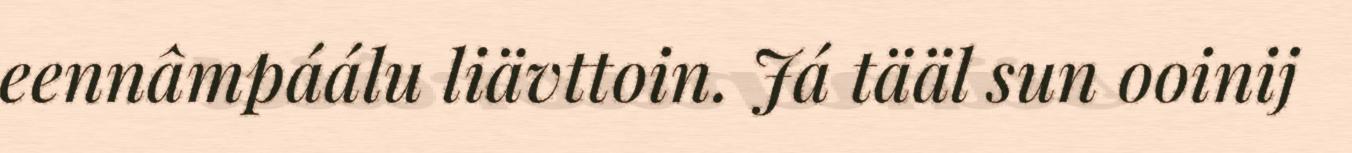
eennâmpáálu liävttoin. Já tääl sun ooinij